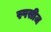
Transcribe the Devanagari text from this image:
स्पसीज